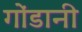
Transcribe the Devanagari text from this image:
गोंडानी